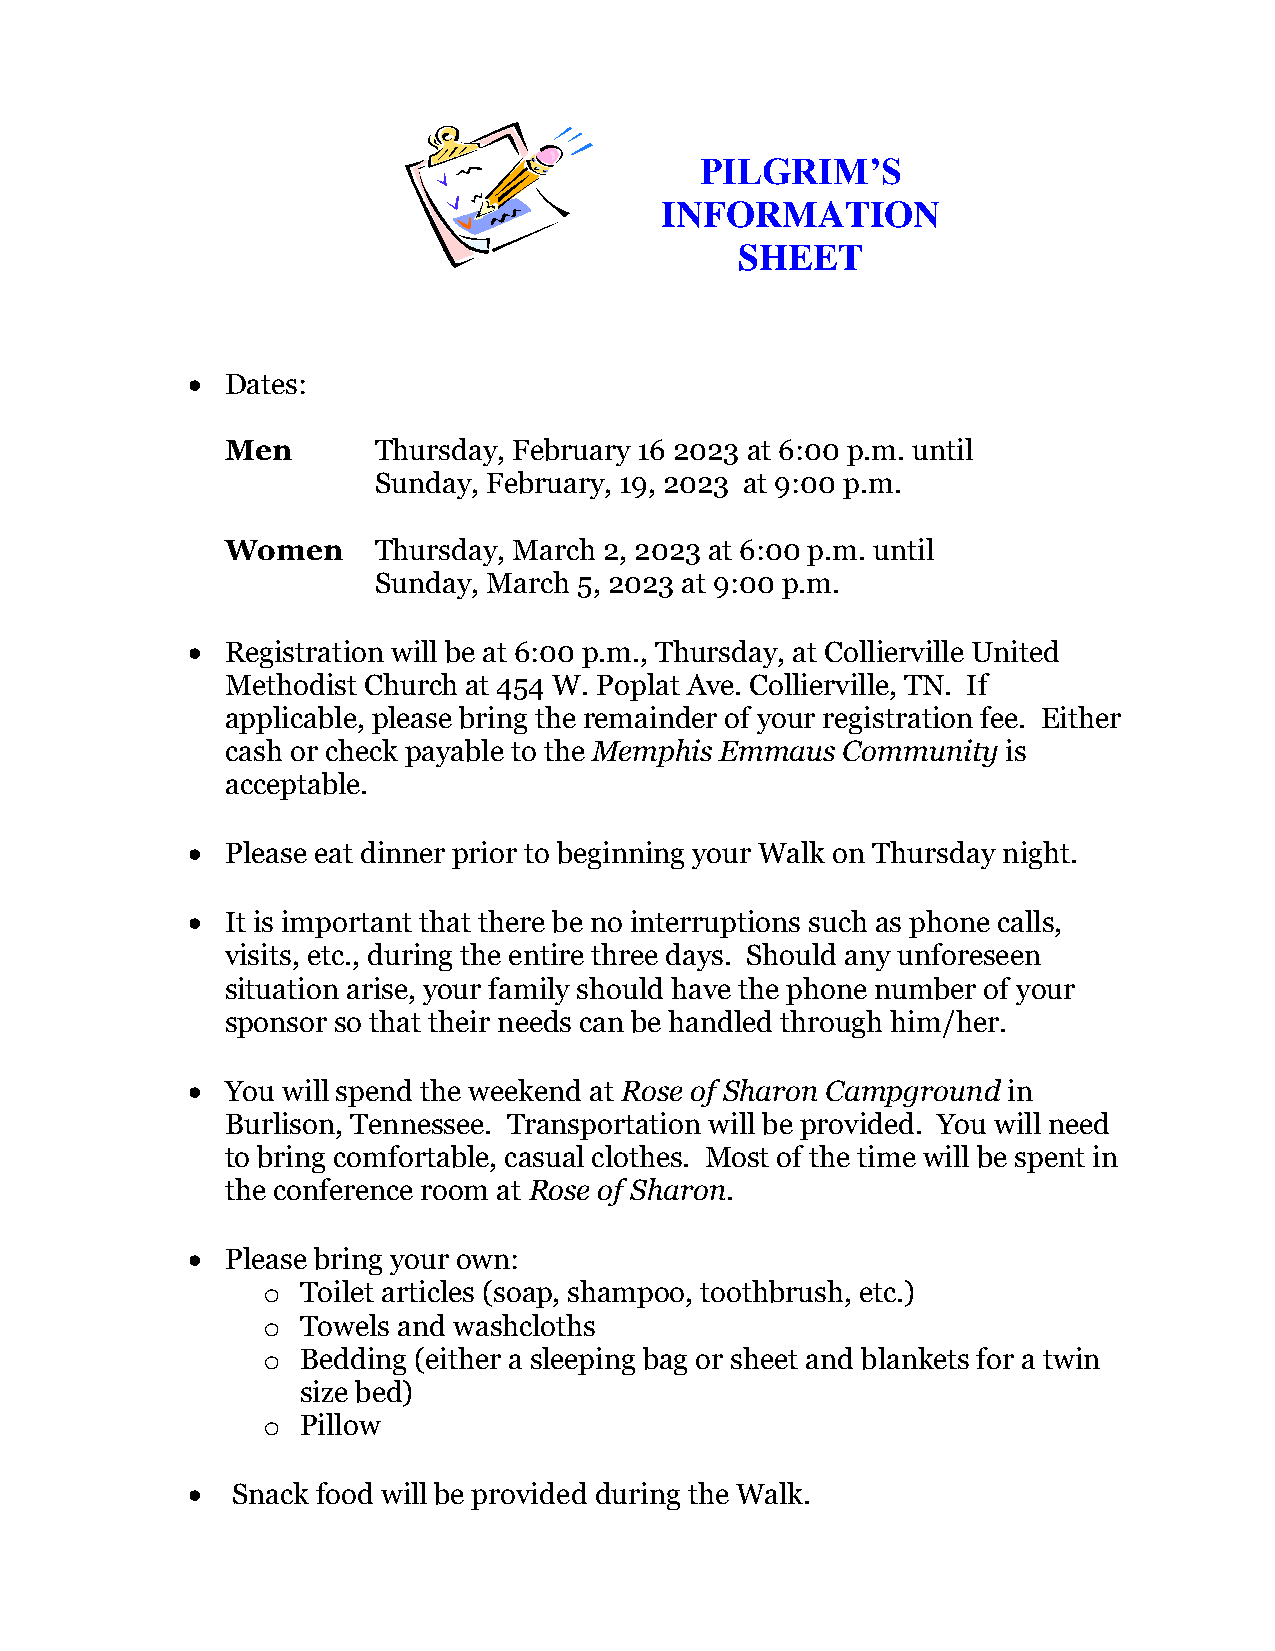
PILGRIM’S
 INFORMATION
 SHEET
 •  Dates:
 Men       Thursday, February 16 2023 at 6:00 p.m. until
 Sunday, February, 19, 2023 at 9:00 p.m.
 Women     Thursday, March 2, 2023 at 6:00 p.m. until
 Sunday, March 5, 2023 at 9:00 p.m.
 •  Registration will be at 6:00 p.m., Thursday, at Collierville United
 Methodist Church at 454 W. Poplat Ave. Collierville, TN. If
 applicable, please bring the remainder of your registration fee. Either
 cash or check payable to the Memphis Emmaus Community is
 acceptable.
 •  Please eat dinner prior to beginning your Walk on Thursday night.
 •  It is important that there be no interruptions such as phone calls,
 visits, etc., during the entire three days. Should any unforeseen
 situation arise, your family should have the phone number of your
 sponsor so that their needs can be handled through him/her.
 •  You will spend the weekend at Rose of Sharon Campground in
 Burlison, Tennessee. Transportation will be provided. You will need
 to bring comfortable, casual clothes. Most of the time will be spent in
 the conference room at Rose of Sharon.
 •  Please bring your own:
 o  Toilet articles (soap, shampoo, toothbrush, etc.)
 o  Towels and washcloths
 o  Bedding (either a sleeping bag or sheet and blankets for a twin
 size bed)
 o  Pillow
 •  Snack food will be provided during the Walk.